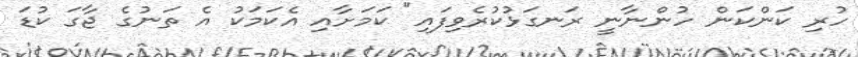
ހުރި ކަންކަން ހުންނާނީ ރަނގަޅުކުރެވިފައި" ކަމަށާއި އެކަމަކު އެ ތަނުގެ ޖާގަ ކުޑަ